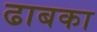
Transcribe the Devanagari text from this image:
ढाबका